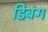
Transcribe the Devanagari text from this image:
डिबंग